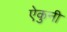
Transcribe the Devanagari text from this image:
ऐकुनी